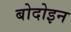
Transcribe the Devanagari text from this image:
बोदोइन